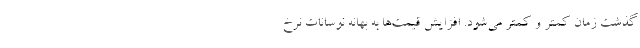
گذشت زمان کمتر و کمتر می‌شود. افزایش قیمت‌ها به بهانه نوسانات نرخ